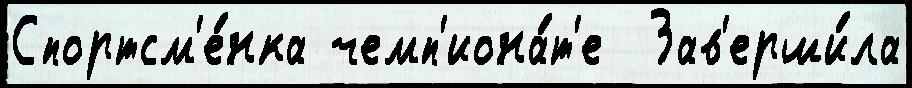
Спортсм'е́нка чемп'иона́т'е  Зав'ерши́ла